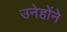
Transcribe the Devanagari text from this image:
उनेहोंने